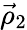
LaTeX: \vec{\rho}_{2}